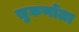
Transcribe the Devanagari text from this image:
सुकर्णोला